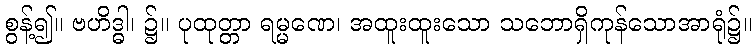
စွန့်၍။ ဗဟိဒ္ဓါ၊ ၌။ ပုထုတ္တာ ရမ္မဏေ၊ အထူးထူးသော သဘောရှိကုန်သောအာရုံ၌။